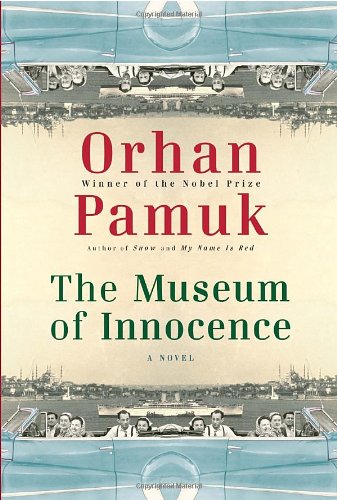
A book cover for The Museum of Innocence; Orhan Pamuk; Literature & Fiction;